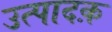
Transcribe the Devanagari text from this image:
उत्पादक़